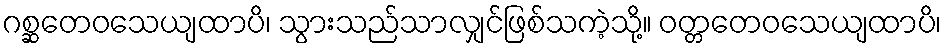
ဂစ္ဆတေဝသေယျထာပိ၊ သွားသည်သာလျှင်ဖြစ်သကဲ့သို့။ ဝတ္တတေဝသေယျထာပိ၊